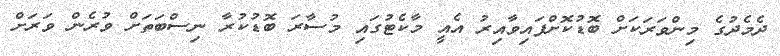
ދެމެދުގެ މިންވަރަކަށް ބޮޑުކޮށްފައިވާއިރު އެއީ މާކެޓުގައި މުސާރަ ބޮޑުކުރާ ނިސްބަތަށް ވުރެން ވަރަށް